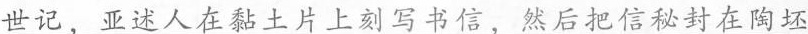
\underline{世记，亚述人在黏土片上刻写书信，然后把信秘封在陶坯}